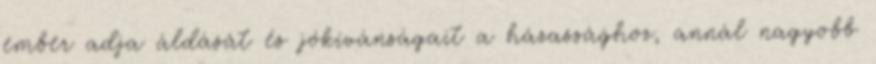
ember adja áldását és jókívánságait a házassághoz, annál nagyobb